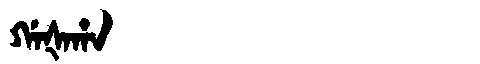
Manchu: ᡤᠠᡧᠠᡥᠠ
Romanization: GAŠAHA